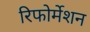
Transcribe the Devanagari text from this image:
रिफोर्मेशन